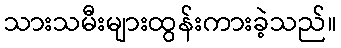
သားသမီးများထွန်းကားခဲ့သည်။